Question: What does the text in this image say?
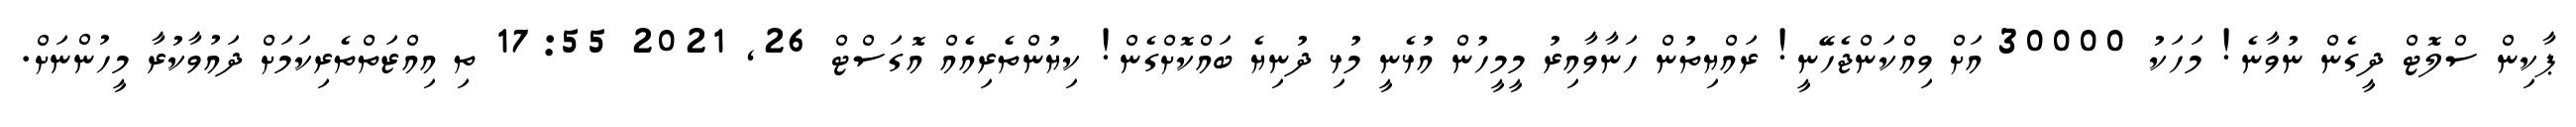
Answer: ޕާކިން ސްލޮޓް ދީގެން ނުވާނެ! މަހަކު 30000 އަށް ވިއްކަންޖެހޭނީ! ރައްޔިތުން ހަނާވާއިރު މީމީހުން އުޅެނީ މުޅި ދުނިޔެ ބައްކޮށްގެން! ކިޔުންތެރިއެއް އޮގަސްޓް 26, 2021 17:55 ތި އިއްޒަތްތެރިކަމަށް ދައުވާކުރާ މީހުންނަށް.